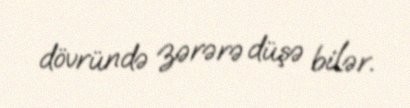
dövründə zərərə düşə bilər.